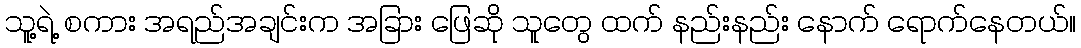
သူ့ရဲ့ စကား အရည်အချင်းက အခြား ဖြေဆို သူတွေ ထက် နည်းနည်း နောက် ရောက်နေတယ်။